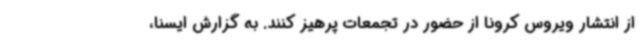
از انتشار ویروس کرونا از حضور در تجمعات پرهیز کنند. به گزارش ایسنا،